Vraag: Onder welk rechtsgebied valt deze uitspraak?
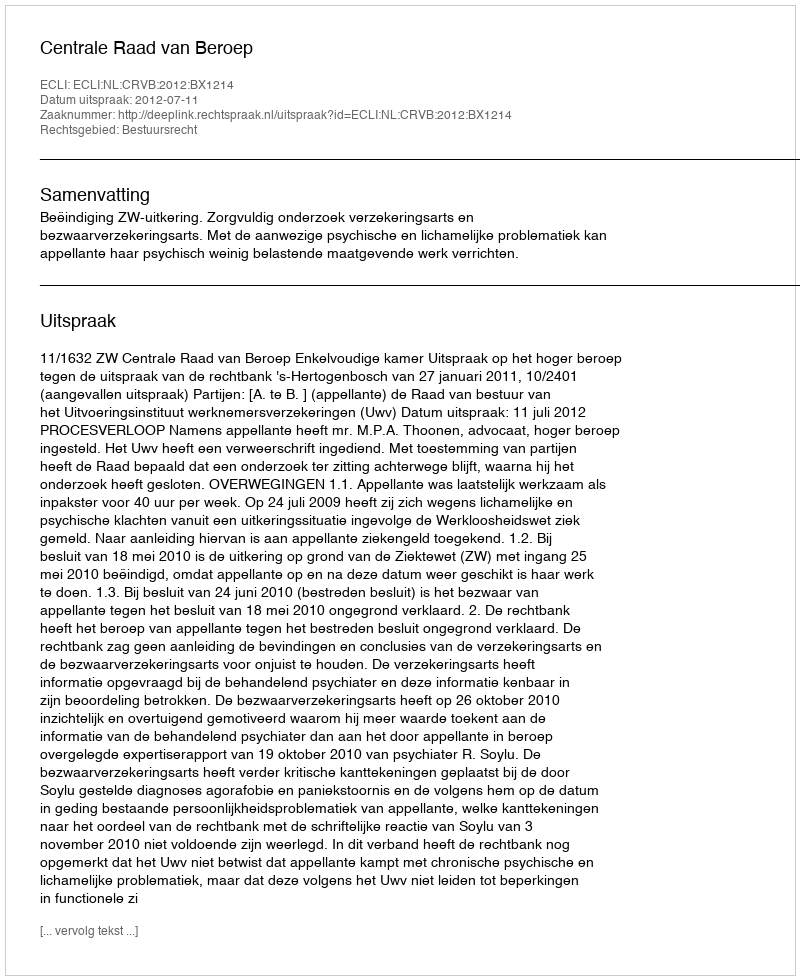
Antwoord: Bestuursrecht